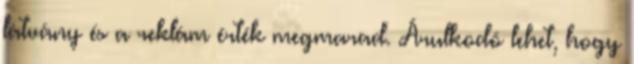
látvány és a reklám érték megmarad. Árulkodó lehet, hogy